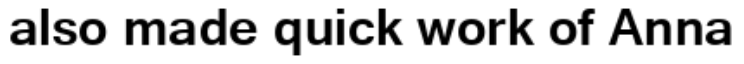
also made quick work of Anna